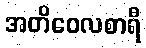
အတိဝေလစာရီ